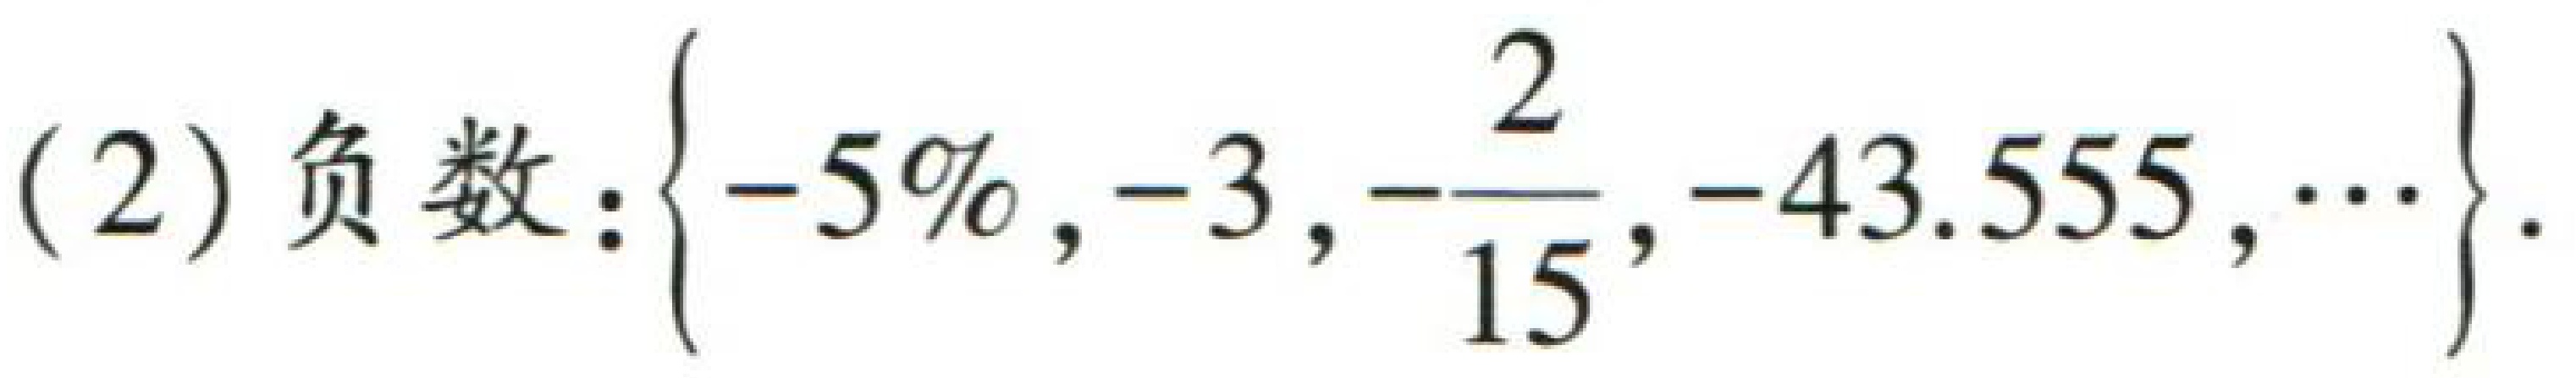
(2) 负数：\(\{-5\%, -3, -\frac{2}{15}, -43.555, \cdots\}\)